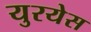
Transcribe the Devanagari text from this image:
युरयेस